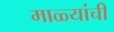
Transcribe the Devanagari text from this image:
माळ्यांची